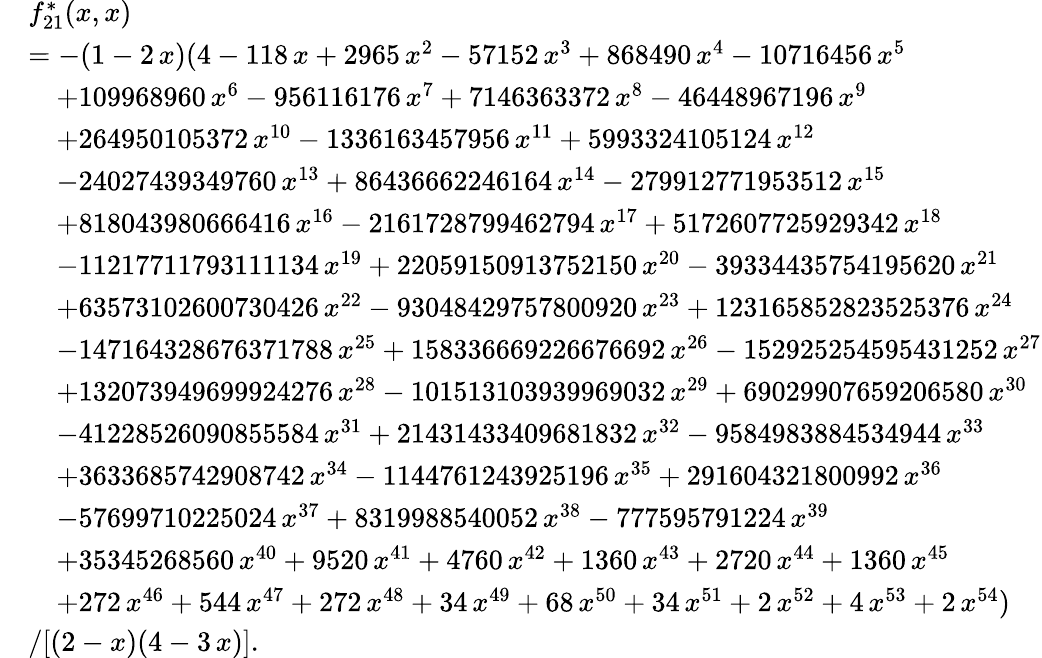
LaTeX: \begin{array}{rl}&{f_{21}^{*}(x,x)}\\ &{=-(1-2\, x)(4-118\, x+2965\, x^{2}-57152\, x^{3}+868490\, x^{4}-10716456\, x^{5}}\\ &{\quad+109968960\, x^{6}-956116176\, x^{7}+7146363372\, x^{8}-46448967196\, x^{9}}\\ &{\quad+264950105372\, x^{10}-1336163457956\, x^{11}+5993324105124\, x^{12}}\\ &{\quad-24027439349760\, x^{13}+86436662246164\, x^{14}-279912771953512\, x^{15}}\\ &{\quad+818043980666416\, x^{16}-2161728799462794\, x^{17}+5172607725929342\, x^{18}}\\ &{\quad-11217711793111134\, x^{19}+22059150913752150\, x^{20}-39334435754195620\, x^{21}}\\ &{\quad+63573102600730426\, x^{22}-93048429757800920\, x^{23}+123165852823525376\, x^{24}}\\ &{\quad-147164328676371788\, x^{25}+158336669226676692\, x^{26}-152925254595431252\, x^{27}}\\ &{\quad+132073949699924276\, x^{28}-101513103939969032\, x^{29}+69029907659206580\, x^{30}}\\ &{\quad-41228526090855584\, x^{31}+21431433409681832\, x^{32}-9584983884534944\, x^{33}}\\ &{\quad+3633685742908742\, x^{34}-1144761243925196\, x^{35}+291604321800992\, x^{36}}\\ &{\quad-57699710225024\, x^{37}+8319988540052\, x^{38}-777595791224\, x^{39}}\\ &{\quad+35345268560\, x^{40}+9520\, x^{41}+4760\, x^{42}+1360\, x^{43}+2720\, x^{44}+1360\, x^{45}}\\ &{\quad+272\, x^{46}+544\, x^{47}+272\, x^{48}+34\, x^{49}+68\, x^{50}+34\, x^{51}+2\, x^{52}+4\, x^{53}+2\, x^{54})}\\ &{/[(2-x)(4-3\, x)].}\end{array}